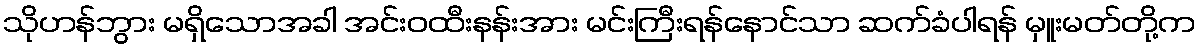
သိုဟန်ဘွား မရှိသောအခါ အင်းဝထီးနန်းအား မင်းကြီးရန်နောင်သာ ဆက်ခံပါရန် မှူးမတ်တို့က